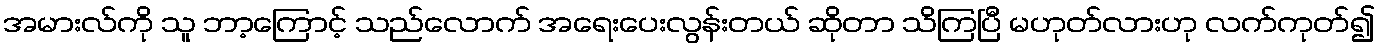
အမားလ်ကို သူ ဘာ့ကြောင့် သည်လောက် အရေးပေးလွန်းတယ် ဆိုတာ သိကြပြီ မဟုတ်လားဟု လက်ကုတ်၍